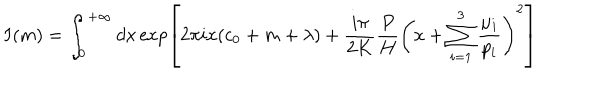
LaTeX: I ( m ) = \int _ { 0 } ^ { + \infty } d x \exp \left[ 2 \pi i x ( c _ { 0 } + m + \lambda ) + \frac { i \pi } { 2 K } \frac { P } { H } \left( x + \sum _ { i = 1 } ^ { 3 } \frac { \mu _ { i } } { p _ { i } } \right) ^ { 2 } \right]